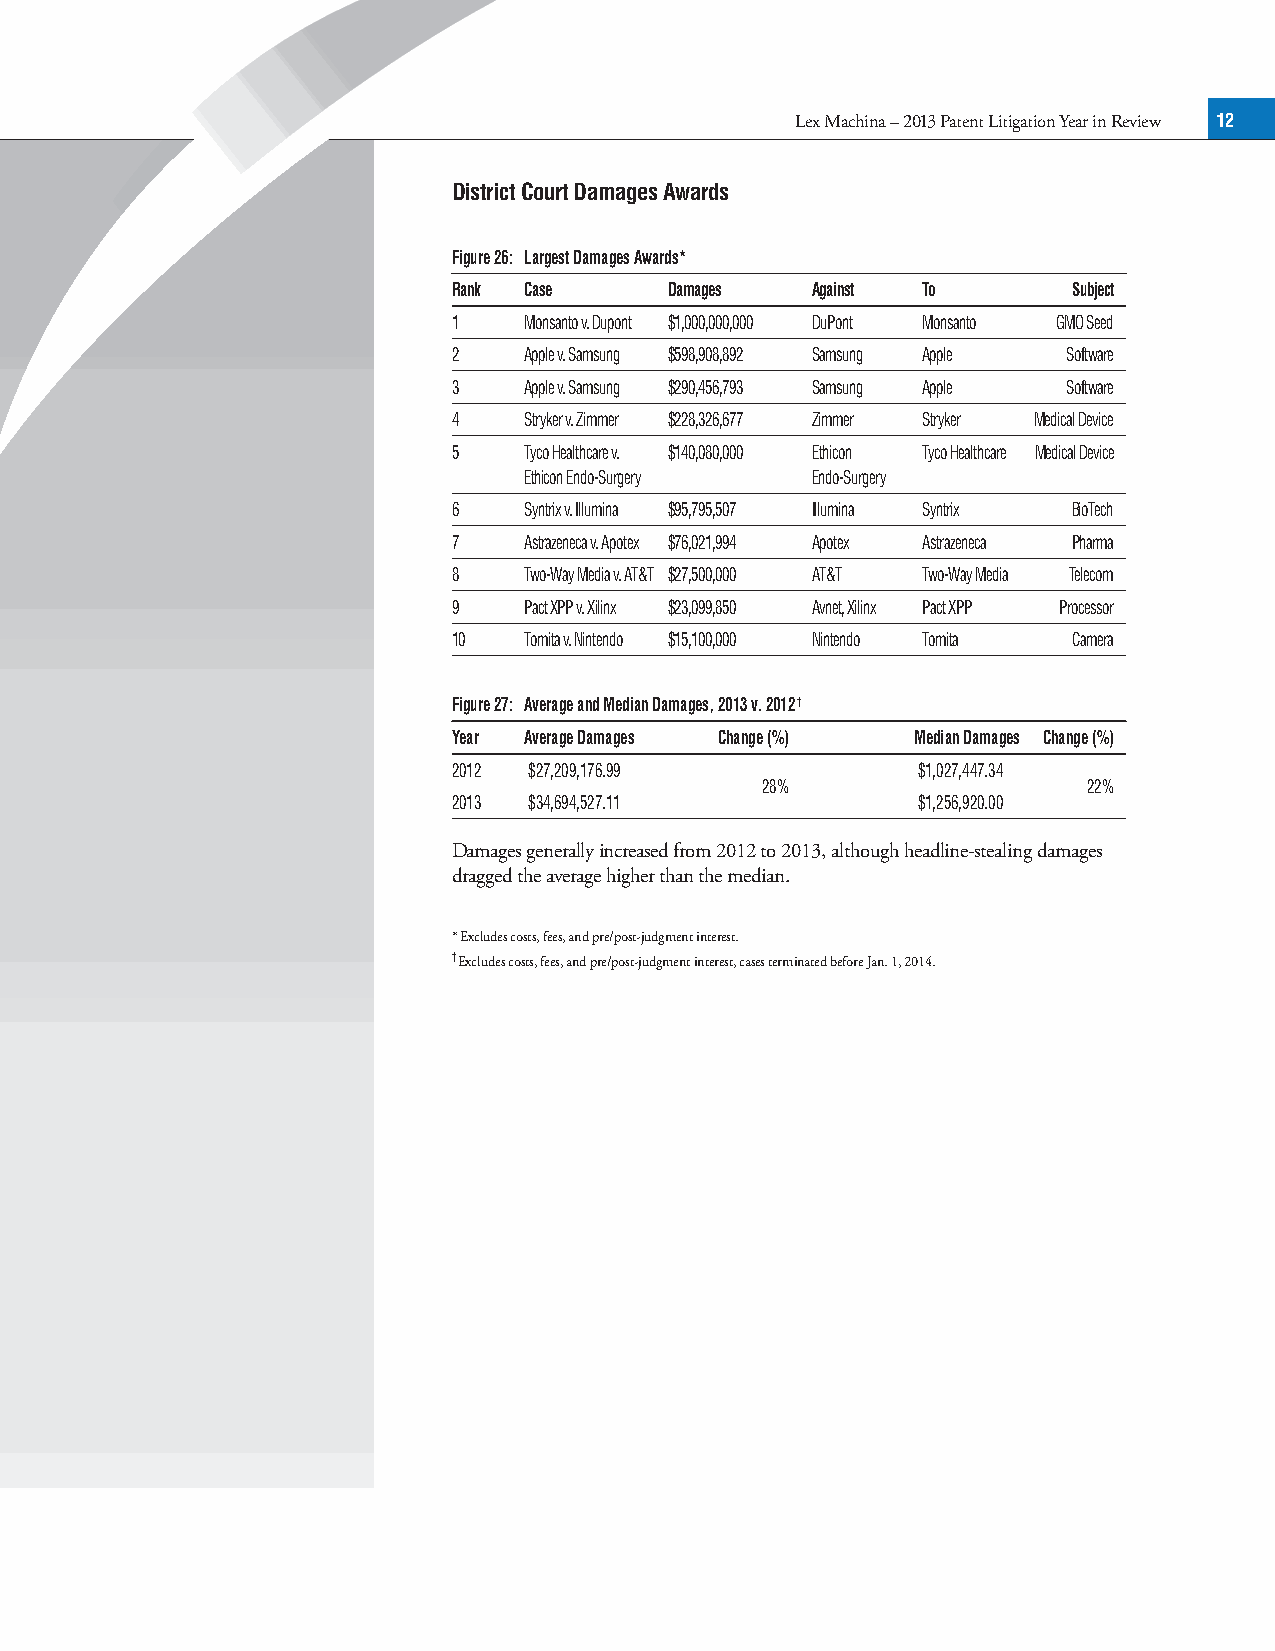
Lex Machina – 2013 Patent Litigation Year in Review 12
 District Court Damages Awards
 Figure 26: Largest Damages Awards*
 Rank Case     Damages   Against To       Subject
 1    Monsanto v. Dupont $1,000,000,000 DuPont Monsanto GMO Seed
 2    Apple v. Samsung $598,908,892 Samsung Apple Software
 3    Apple v. Samsung $290,456,793 Samsung Apple Software
 4    Stryker v. Zimmer $228,326,677 Zimmer Stryker Medical Device
 5    Tyco Healthcare v. $140,080,000 Ethicon Tyco Healthcare Medical Device
 Ethicon Endo-Surgery Endo-Surgery
 6    Syntrix v. Illumina $95,795,507 Illumina Syntrix BioTech
 7    Astrazeneca v. Apotex $76,021,994 Apotex Astrazeneca Pharma
 8    Two-Way Media v. AT&T $27,500,000 AT&T Two-Way Media Telecom
 9    Pact XPP v. Xilinx $23,099,850 Avnet, Xilinx Pact XPP Processor
 10   Tomita v. Nintendo $15,100,000 Nintendo Tomita Camera
 Figure 27: Average and Median Damages, 2013 v. 2012†
 Year Average Damages Change (%) Median Damages Change (%)
 2012 $27,209,176.99            $1,027,447.34
 28%                   22%
 2013 $34,694,527.11            $1,256,920.00
 Damages generally increased from 2012 to 2013, although headline-stealing damages
 dragged the average higher than the median.
 * Excludes costs, fees, and pre/post-judgment interest.
 † Excludes costs, fees, and pre/post-judgment interest, cases terminated before Jan. 1, 2014.